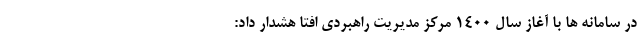
در سامانه ها با آغاز سال ۱۴۰۰ مرکز مدیریت راهبردی افتا هشدار داد: